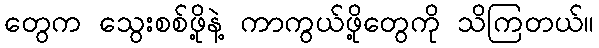
တွေက သွေးစစ်ဖို့နဲ့ ကာကွယ်ဖို့တွေကို သိကြတယ်။